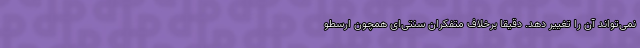
نمی‌تواند آن را تغییر دهد. دقیقاً برخلاف متفکران سنتی‌ای همچون ارسطو